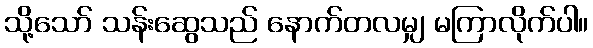
သို့သော် သန်းဆွေသည် နောက်တလမျှ မကြာလိုက်ပါ။